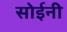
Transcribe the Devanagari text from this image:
सोईनी